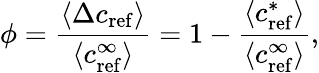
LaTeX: \phi=\frac{\langle\Delta c_{\mathrm{{ref}}}\rangle}{\langle c_{\mathrm{{ref}}}^{\infty}\rangle}=1-\frac{\langle c_{\mathrm{{ref}}}^{*}\rangle}{\langle c_{\mathrm{{ref}}}^{\infty}\rangle},